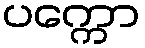
ပက္ကော